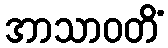
အာသာဝတိံ